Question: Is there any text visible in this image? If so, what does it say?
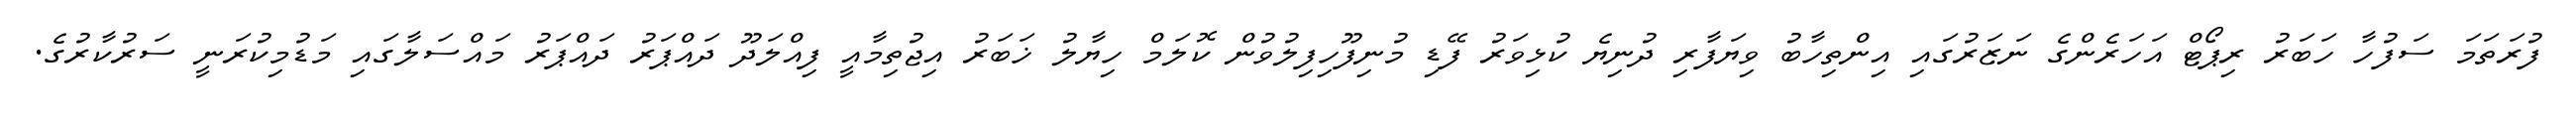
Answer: ފުރަތަމަ ސަފުހާ ހަބަރު ރިޕޯޓް އަހަރެންގެ ނަޒަރުގައި އިންތިހާބު ވިޔަފާރި ދުނިޔެ ކުޅިވަރު ފޭޑި މުނިފޫހިފިލުވުން ކޮލަމް ހިޔާލު ޚަބަރު އިޖުތިމާއީ ފިއްލަދޫ ދައްޕަރު ދައްޕަރު މައްސަލާގައި މަޑުމިކުރަނީ ސަރުކާރުގެ.